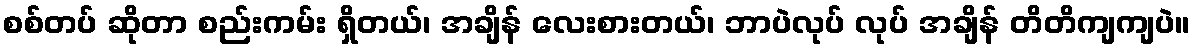
စစ်တပ် ဆိုတာ စည်းကမ်း ရှိတယ်၊ အချိန် လေးစားတယ်၊ ဘာပဲလုပ် လုပ် အချိန် တိတိကျကျပဲ။